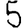
Digit: 5